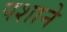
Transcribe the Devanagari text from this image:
पशाने